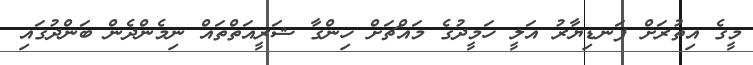
މީގެ އިތުރަށް ފަނޑިޔާރު އަލީ ހަމީދުގެ މައްޗަށް ހިންގާ ޝަރީއަތްތައް ނިމެންދެން ބަންދުގައި